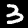
Digit: 3